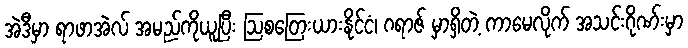
အဲဒီမှာ ရာဖာအဲလ် အမည်ကိုယူပြီး ဩစတြေးယားနိုင်ငံ၊ ဂရာဇ် မှာရှိတဲ့ ကာမေလိုက် အသင်းဂိုဏ်းမှာ